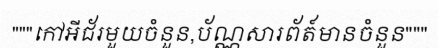
"""កៅអីជ័រមួយចំនួន,ប័ណ្ណសារព័ត៍មានចំនួន"""